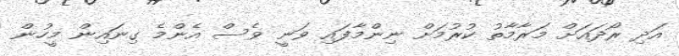
އަދި ރޯދައަށް މަރާމާތު ކުރުމަށް ނިންމާފައި ވަނީ ވެސް އެންމެ ގިނައިން މީހުން